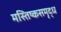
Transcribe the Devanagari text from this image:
मस्तिष्कसमृद्ध